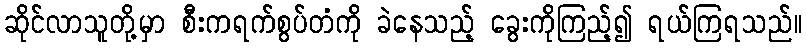
ဆိုင်လာသူတို့မှာ စီးကရက်စွပ်တံကို ခဲနေသည့် ခွေးကိုကြည့်၍ ရယ်ကြရသည်။